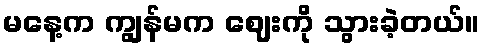
မနေ့က ကျွန်မက ဈေးကို သွားခဲ့တယ်။